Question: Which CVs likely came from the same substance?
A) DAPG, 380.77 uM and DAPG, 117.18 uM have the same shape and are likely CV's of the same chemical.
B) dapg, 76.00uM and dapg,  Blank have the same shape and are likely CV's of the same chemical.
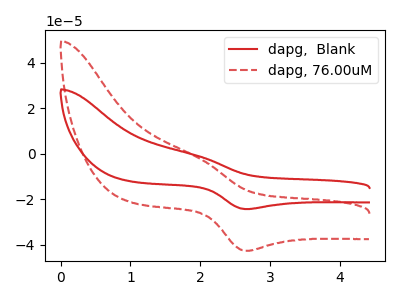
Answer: <think>The red curve "dapg,  Blank" has an anodic peak at (1.95V, -0.95uA) and a cathodic peak at (2.65V, -24.30uA). The red dashed curve "dapg, 76.00uM" has an anodic peak at (1.95V, -1.65uA) and a cathodic peak at (2.65V, -42.60uA).
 All the peaks in "dapg,  Blank" have a peak in "dapg, 76.00uM" at the same potential.</think>
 <answer>B) "dapg, 76.00uM" and "dapg,  Blank" have the same shape and are likely CV's of the same chemical.</answer>
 <eval>B</eval>